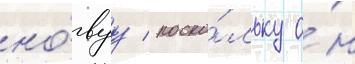
но́вуу / поско́льку о́н